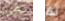
بتمرير لذا